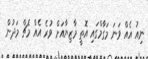
ނިއު އެއް ވަނަ މަގާމްގައި އޮތީ މާޒިޔާއަށް ވުރެ އެއް މެޗް މަދުން